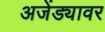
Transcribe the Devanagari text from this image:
अजेंड्यावर